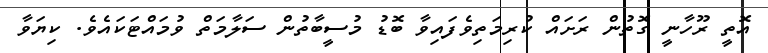
އޮތީ ރޫހާނީ ގޮތުން ރަށައް ކުރިމަތިވެފައިވާ ބޮޑު މުސީބާތުން ސަލާމަތް ވުމައްޓަކައެވެ. ކިޔަވާ